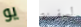
يو لسفينة